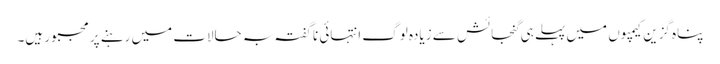
پناہ گزین کیمپوں میں پہلے ہی گنجائش سے زیادہ لوگ انتہائی ناگفتہ بہ حالات میں رہنے پر مجبور ہیں۔